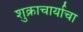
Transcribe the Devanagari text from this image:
शुक्राचार्याचा